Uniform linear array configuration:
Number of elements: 8
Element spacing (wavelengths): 0.25
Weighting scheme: binomial
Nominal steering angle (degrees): -15
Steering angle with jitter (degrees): -16.308
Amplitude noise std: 0.05
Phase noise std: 0.05

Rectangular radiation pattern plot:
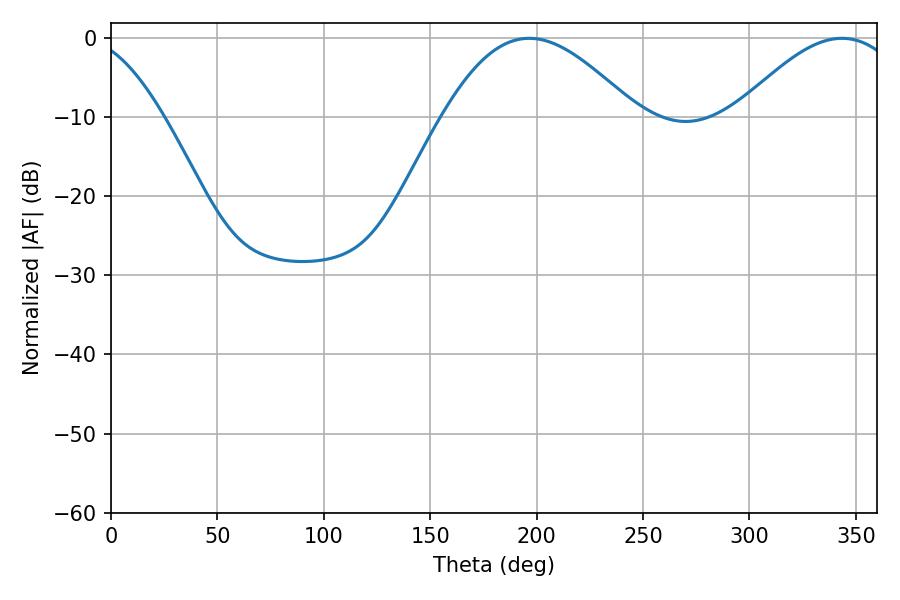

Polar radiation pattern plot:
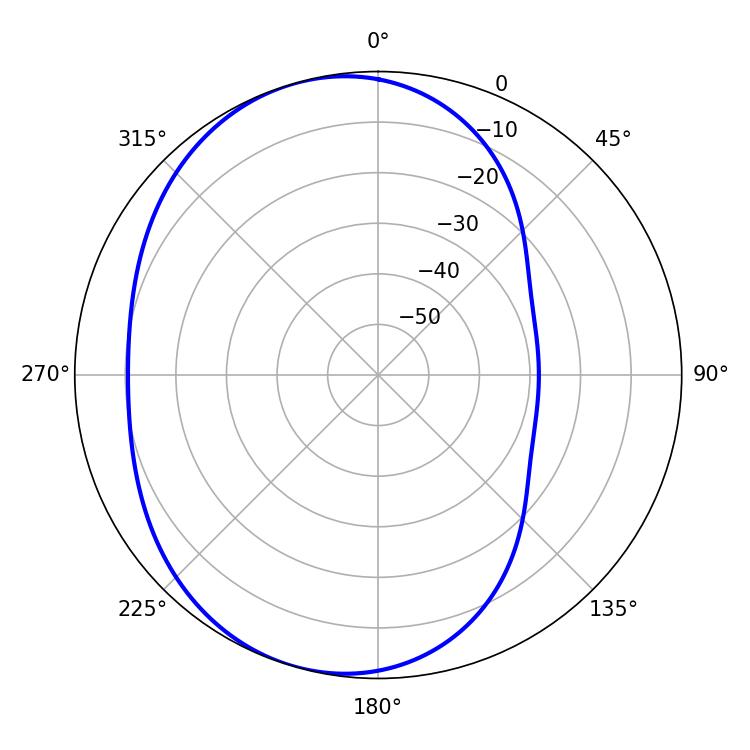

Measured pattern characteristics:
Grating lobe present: FALSE
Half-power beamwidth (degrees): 48.96
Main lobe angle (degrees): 196.56